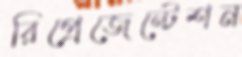
রিপ্রেজেন্টেশন